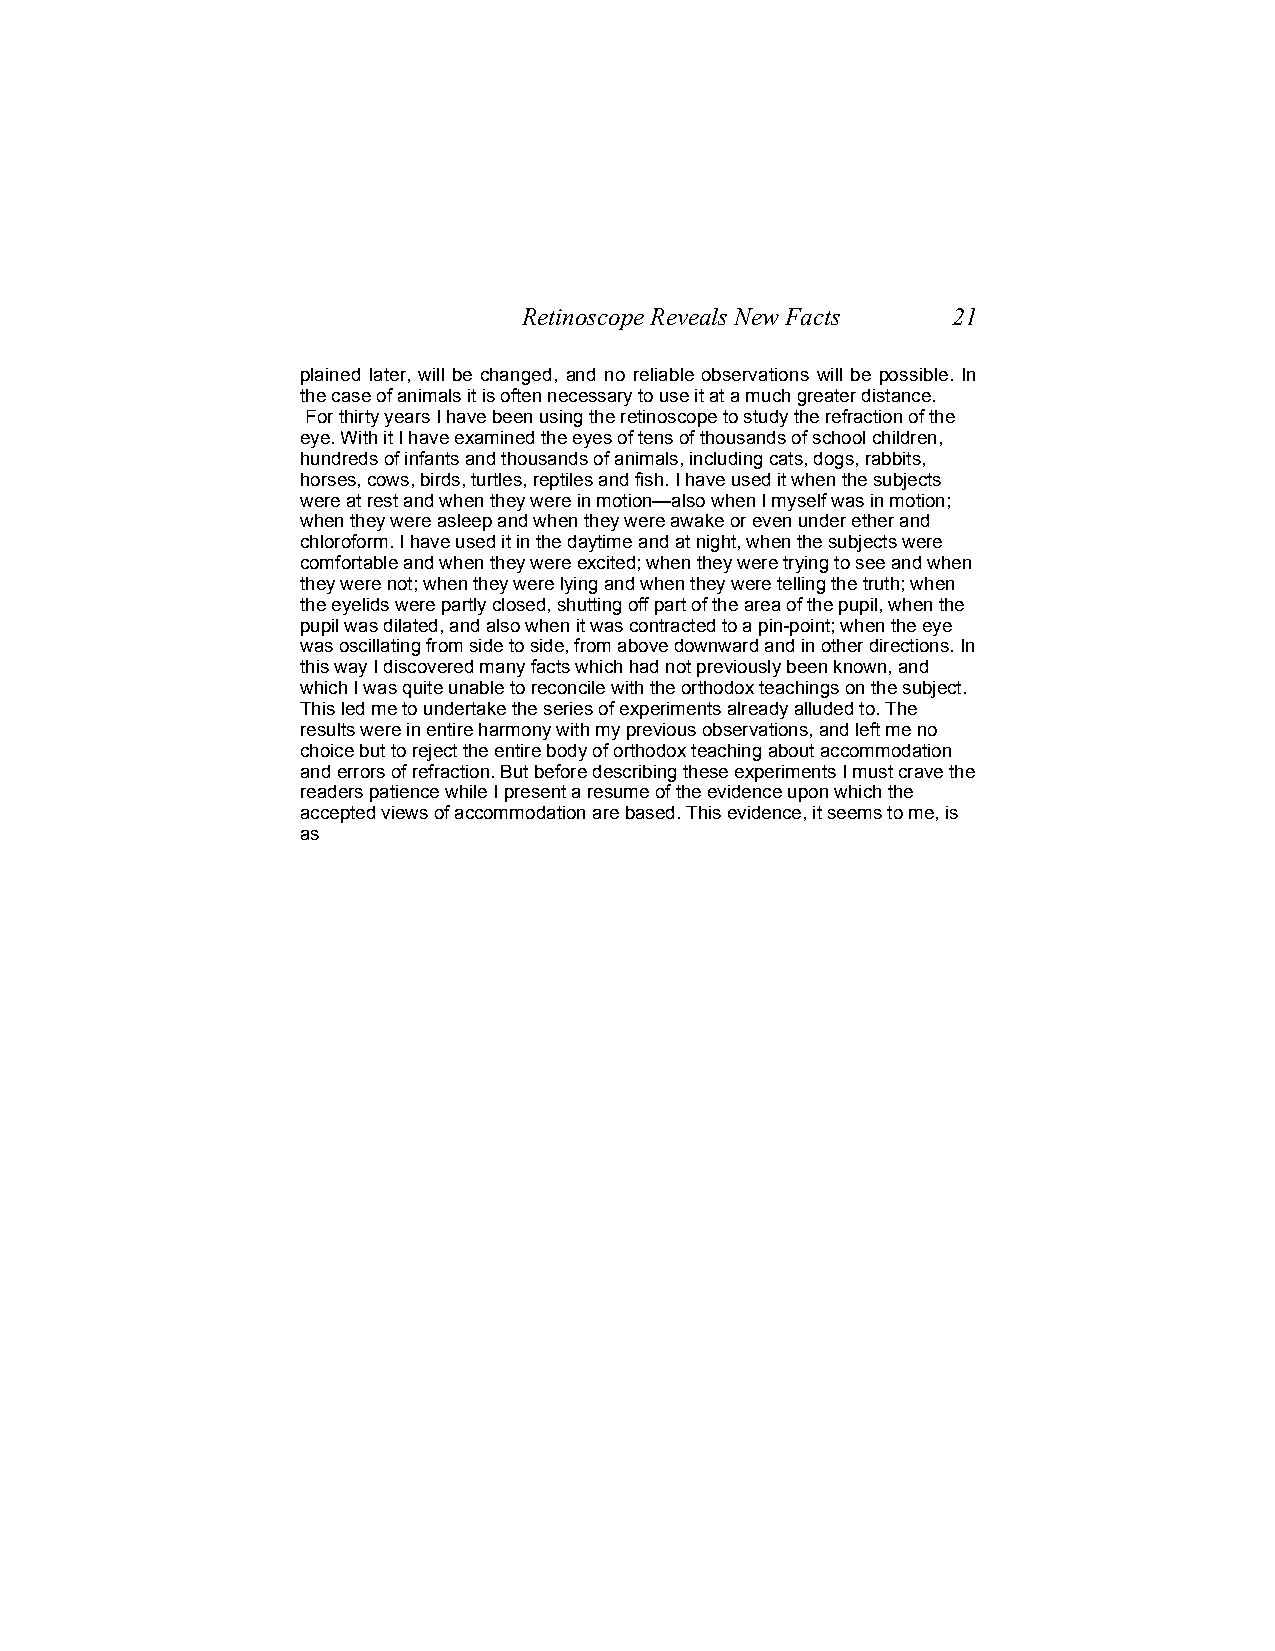
Retinoscope Reveals New Facts 21
 plained later, will be changed, and no reliable observations will be possible. In
 the case of animals it is often necessary to use it at a much greater distance.
 For thirty years I have been using the retinoscope to study the refraction of the
 eye. With it I have examined the eyes of tens of thousands of school children,
 hundreds of infants and thousands of animals, including cats, dogs, rabbits,
 horses, cows, birds, turtles, reptiles and fish. I have used it when the subjects
 were at rest and when they were in motion—also when I myself was in motion;
 when they were asleep and when they were awake or even under ether and
 chloroform. I have used it in the daytime and at night, when the subjects were
 comfortable and when they were excited; when they were trying to see and when
 they were not; when they were lying and when they were telling the truth; when
 the eyelids were partly closed, shutting off part of the area of the pupil, when the
 pupil was dilated, and also when it was contracted to a pin-point; when the eye
 was oscillating from side to side, from above downward and in other directions. In
 this way I discovered many facts which had not previously been known, and
 which I was quite unable to reconcile with the orthodox teachings on the subject.
 This led me to undertake the series of experiments already alluded to. The
 results were in entire harmony with my previous observations, and left me no
 choice but to reject the entire body of orthodox teaching about accommodation
 and errors of refraction. But before describing these experiments I must crave the
 readers patience while I present a resume of the evidence upon which the
 accepted views of accommodation are based. This evidence, it seems to me, is
 as